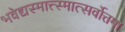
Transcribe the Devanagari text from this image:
भवेद्यस्मात्त्स्मात्सर्वोत्तमा